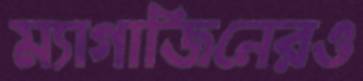
ম্যাগাজিনেরও